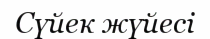
Сүйек жүйесі